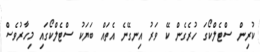
ކުރިން ސްޓެލްކޯގަ ހުރެގެން ކޭ ވަރު އިނގޭނެ އެތައް ބަޔަކު ސްޓެލްކޯގައި މިހާރުވެސް